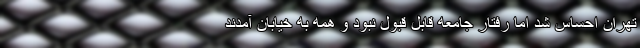
تهران احساس شد اما رفتار جامعه قابل قبول نبود و همه به خیابان آمدند